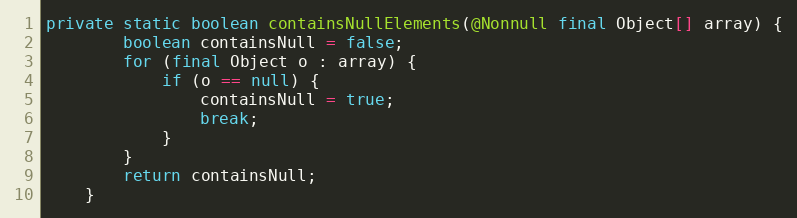
Language: Java
private static boolean containsNullElements(@Nonnull final Object[] array) {
		boolean containsNull = false;
		for (final Object o : array) {
			if (o == null) {
				containsNull = true;
				break;
			}
		}
		return containsNull;
	}